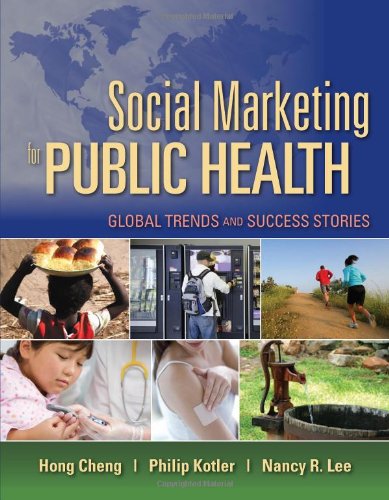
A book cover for Social Marketing For Public Health: Global Trends And Success Stories; Hong Cheng; Business & Money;